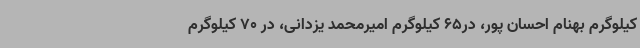
کیلوگرم بهنام احسان پور، در65 کیلوگرم امیرمحمد یزدانی، در 70 کیلوگرم